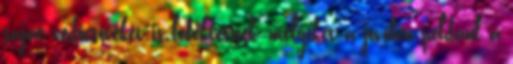
saját védőcsöveket is lefektetnek, melyeket a jövőben például a